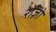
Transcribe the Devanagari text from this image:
रोज़ो